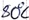
Text: 80°C